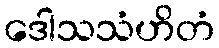
ဒေါသသံဟိတံ